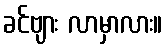
ခင်ဗျား လာမှာလား။